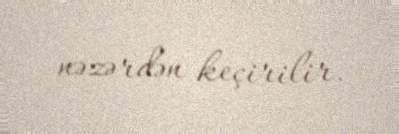
nəzərdən keçirilir.